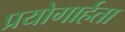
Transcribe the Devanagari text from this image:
प्रयोगार्हता